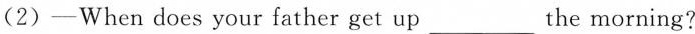
(2)—When does your father get up___the morning?